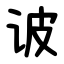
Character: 诐